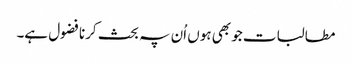
مطالبات جو بھی ہوں اُن پہ بحث کرنا فضول ہے۔